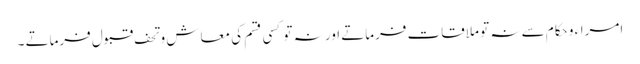
امراء و حکام سے نہ تو ملاقات فرماتے اور نہ تو کسی قسم کی معاش و تحف قبول فرماتے ۔